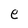
Character: e